Annual administration report of the Bombay Presidency - 1887-1892
Year: 1887
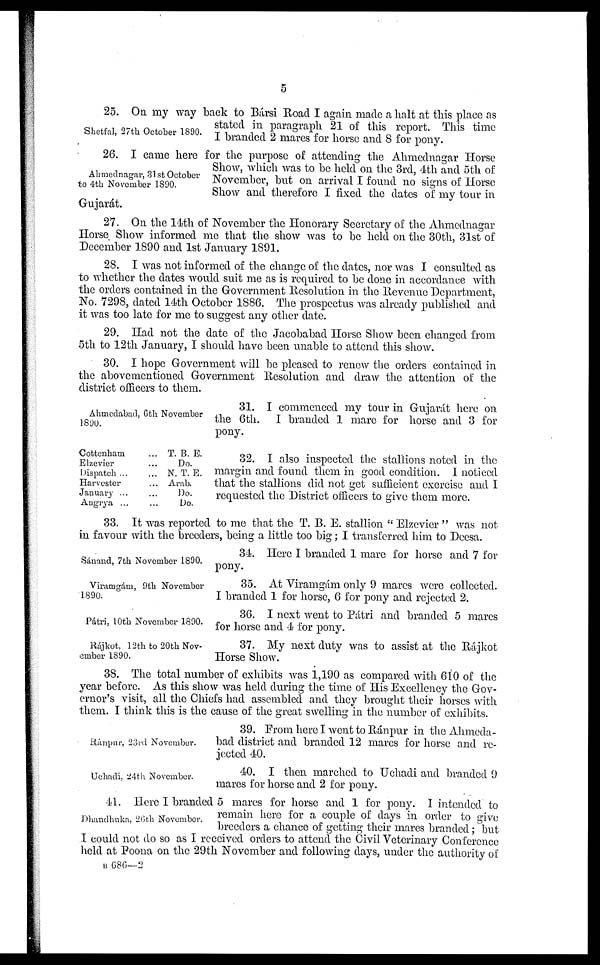
5
Shetfal, 27th October 1890.
25. On my way back to Bársi Road I again made a halt at this place as
stated in paragraph 21 of this report. This time
I branded 2 mares for horse and 8 for pony.
Ahmednagar, 31 st October
to 4th November 1890.
26. I came here for the purpose of attending the Ahmednagar Horse
Show, which was to be held on the 3rd, 4th and 5th of
November, but on arrival I found no signs of Horse
Show and therefore I fixed the dates of my tour in
Gujarát.
27. On the 14th of November the Honorary Secretary of the Ahmednagar
Horse Show informed me that the show was to be held on the 30th, 31st of
December 1890 and 1st January 1891.
28. I was not informed of the change of the dates, nor was I consulted as
to whether the dates would suit me as is required to be done in accordance with
the orders contained in the Government Resolution in the Revenue Department,
No. 7298, dated 14th October 1886. The prospectus was already published and
it was too late for me to suggest any other date.
29. Had not the date of the Jacobabad Horse Show been changed from
5th to 12th January, I should have been unable to attend this show.
30. I hope Government will be pleased to renew the orders contained in
the abovementioned Government Resolution and draw the attention of the
district officers to them.
Ahmedabad, 6th November
1890.
31. I commenced my tour in Gujarát here on
the 6th. I branded 1 mare for horse and 3 for
pony.
Cottenham ...
Elzevier ...
Dispatch ... ...
Harvester ...
January ... ...
Augrya ... ...
T. B. E.
Do.
N. T. E.
Arab.
Do.
Do.
32. I also inspected the stallions noted in the
margin and found them in good condition. I noticed
that the stallions did not get sufficient exercise and I
requested the District officers to give them more.
33. It was reported to me that the T. B. E. stallion "Elzevier" was not
in favour with the breeders, being a little too big; I transferred him to Deesa.
Sánand, 7th November 1890.
34. Here I branded 1 mare for horse and 7 for
pony.
Viramgám, 9th November
1890.
35. At Viramgám only 9 marcs were collected.
I branded 1 for horse, 6 for pony and rejected 2.
Pátri, 10th November 1890.
36. I next went to Pátri and branded 5 mares
for horse and 4 for pony.
Rájkot, 12th to 20th Nov-
ember 1890.
37. My next duty was to assist at the Rájkot
Horse Show.
38. The total number of exhibits was 1,190 as compared with 610 of the
year before. As this show was held during the time of His Excellency the Gov-
ernor's visit, all the Chiefs had assembled and they brought their horses with
them. I think this is the cause of the great swelling in the number of exhibits.
Ránpur, 23rd November.
39. From here I went to Ránpur in the Ahmeda-
bad district and branded 12 mares for horse and re-
jected 40.
Uehadi, 24th November.
40. I then marched to Uehadi and branded 9
mares for horse and 2 for pony.
Dhandhuka, 26th November.
41. Here I branded 5 mares for horse and 1 for pony. I intended to
remain here for a couple of days in order to give
breeders a chance of getting their mares branded; but
I could not do so as I received orders to attend the Civil Veterinary Conference
held at Poona on the 29th November and following days, under the authority of
B 686—2